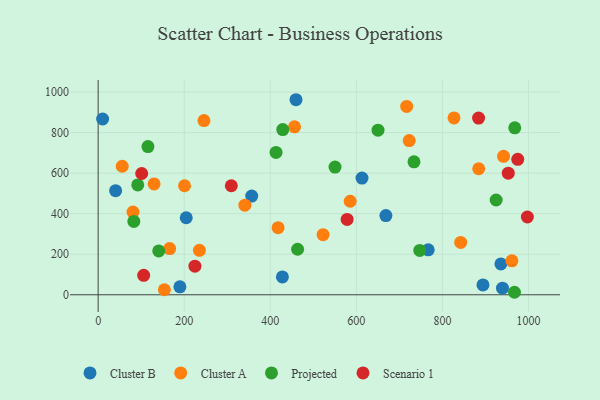
{"axis": {"x": "Speed", "y": "Fuel Efficiency"}, "legend": ["Cluster A", "Cluster B", "Projected", "Scenario 1"], "data": [{"x": "767.1", "y": 221.7, "type": "Cluster B"}, {"x": "668.7", "y": 390.5, "type": "Cluster B"}, {"x": "204.7", "y": 379.8, "type": "Cluster B"}, {"x": "613.2", "y": 575.6, "type": "Cluster B"}, {"x": "40.6", "y": 513.3, "type": "Cluster B"}, {"x": "356.9", "y": 487.0, "type": "Cluster B"}, {"x": "190.0", "y": 39.0, "type": "Cluster B"}, {"x": "936.0", "y": 152.3, "type": "Cluster B"}, {"x": "10.4", "y": 867.1, "type": "Cluster B"}, {"x": "894.3", "y": 48.7, "type": "Cluster B"}, {"x": "428.2", "y": 87.9, "type": "Cluster B"}, {"x": "939.7", "y": 32.5, "type": "Cluster B"}, {"x": "459.8", "y": 962.1, "type": "Cluster B"}, {"x": "55.9", "y": 633.9, "type": "Cluster A"}, {"x": "842.5", "y": 258.3, "type": "Cluster A"}, {"x": "166.1", "y": 227.8, "type": "Cluster A"}, {"x": "235.3", "y": 219.3, "type": "Cluster A"}, {"x": "456.3", "y": 828.3, "type": "Cluster A"}, {"x": "153.9", "y": 24.7, "type": "Cluster A"}, {"x": "827.0", "y": 872.2, "type": "Cluster A"}, {"x": "884.4", "y": 621.7, "type": "Cluster A"}, {"x": "722.9", "y": 760.5, "type": "Cluster A"}, {"x": "418.2", "y": 331.2, "type": "Cluster A"}, {"x": "942.1", "y": 682.7, "type": "Cluster A"}, {"x": "522.7", "y": 296.4, "type": "Cluster A"}, {"x": "200.8", "y": 537.8, "type": "Cluster A"}, {"x": "81.0", "y": 407.7, "type": "Cluster A"}, {"x": "341.0", "y": 442.0, "type": "Cluster A"}, {"x": "585.7", "y": 461.2, "type": "Cluster A"}, {"x": "130.0", "y": 546.7, "type": "Cluster A"}, {"x": "245.9", "y": 859.4, "type": "Cluster A"}, {"x": "961.6", "y": 167.6, "type": "Cluster A"}, {"x": "717.0", "y": 929.2, "type": "Cluster A"}, {"x": "924.9", "y": 467.4, "type": "Projected"}, {"x": "967.5", "y": 12.3, "type": "Projected"}, {"x": "140.8", "y": 216.3, "type": "Projected"}, {"x": "82.9", "y": 362.0, "type": "Projected"}, {"x": "550.5", "y": 629.8, "type": "Projected"}, {"x": "650.4", "y": 811.8, "type": "Projected"}, {"x": "413.4", "y": 702.0, "type": "Projected"}, {"x": "747.4", "y": 218.7, "type": "Projected"}, {"x": "968.2", "y": 823.5, "type": "Projected"}, {"x": "429.0", "y": 815.1, "type": "Projected"}, {"x": "115.7", "y": 730.9, "type": "Projected"}, {"x": "463.5", "y": 224.6, "type": "Projected"}, {"x": "92.0", "y": 541.6, "type": "Projected"}, {"x": "734.0", "y": 656.0, "type": "Projected"}, {"x": "884.1", "y": 871.4, "type": "Scenario 1"}, {"x": "953.1", "y": 599.8, "type": "Scenario 1"}, {"x": "101.2", "y": 598.2, "type": "Scenario 1"}, {"x": "105.8", "y": 95.7, "type": "Scenario 1"}, {"x": "309.5", "y": 537.8, "type": "Scenario 1"}, {"x": "578.6", "y": 371.6, "type": "Scenario 1"}, {"x": "975.1", "y": 668.1, "type": "Scenario 1"}, {"x": "224.9", "y": 141.0, "type": "Scenario 1"}, {"x": "997.5", "y": 383.6, "type": "Scenario 1"}]}